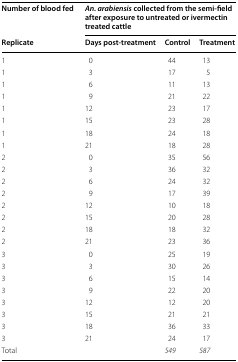
<table><thead><tr><td><b>Number of blood fed</b></td><td colspan="3"><b><i>An. arabiensis</i> collected from the semi-field after exposure to untreated or ivermectin treated cattle</b></td></tr><tr><td><b>Replicate</b></td><td><b>Days post-treatment</b></td><td><b>Control</b></td><td><b>Treatment</b></td></tr></thead><tbody><tr><td>1</td><td>0</td><td>44</td><td>13</td></tr><tr><td>1</td><td>3</td><td>17</td><td>5</td></tr><tr><td>1</td><td>6</td><td>11</td><td>13</td></tr><tr><td>1</td><td>9</td><td>21</td><td>22</td></tr><tr><td>1</td><td>12</td><td>23</td><td>17</td></tr><tr><td>1</td><td>15</td><td>23</td><td>28</td></tr><tr><td>1</td><td>18</td><td>24</td><td>18</td></tr><tr><td>1</td><td>21</td><td>18</td><td>28</td></tr><tr><td>2</td><td>0</td><td>35</td><td>56</td></tr><tr><td>2</td><td>3</td><td>36</td><td>32</td></tr><tr><td>2</td><td>6</td><td>24</td><td>32</td></tr><tr><td>2</td><td>9</td><td>17</td><td>39</td></tr><tr><td>2</td><td>12</td><td>10</td><td>18</td></tr><tr><td>2</td><td>15</td><td>20</td><td>28</td></tr><tr><td>2</td><td>18</td><td>18</td><td>32</td></tr><tr><td>2</td><td>21</td><td>23</td><td>36</td></tr><tr><td>3</td><td>0</td><td>25</td><td>19</td></tr><tr><td>3</td><td>3</td><td>30</td><td>26</td></tr><tr><td>3</td><td>6</td><td>15</td><td>14</td></tr><tr><td>3</td><td>9</td><td>22</td><td>20</td></tr><tr><td>3</td><td>12</td><td>12</td><td>20</td></tr><tr><td>3</td><td>15</td><td>21</td><td>21</td></tr><tr><td>3</td><td>18</td><td>36</td><td>33</td></tr><tr><td>3</td><td>21</td><td>24</td><td>17</td></tr><tr><td colspan="2">Total</td><td><i>549</i></td><td><i>587</i></td></tr></tbody></table>